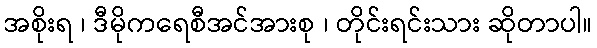
အစိုးရ ၊ ဒီမိုကရေစီအင်အားစု ၊ တိုင်းရင်းသား ဆိုတာပါ။